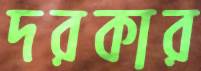
দরকার